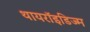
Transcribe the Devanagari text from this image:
थायरॉइडिज्म